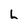
Character: L